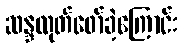
ဆန္ဒထုတ်ဖော်ခဲ့ကြောင်း